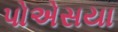
પોએસયા